Scottish Leaving Certificate Examination, 1957
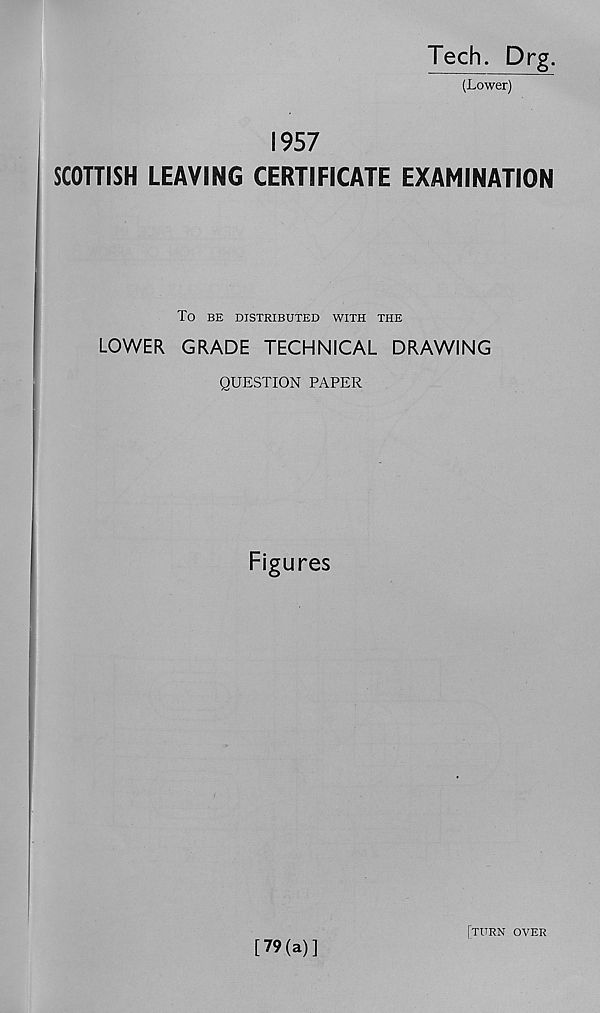
Tech. Drg.
(Lower)
1957
SCOTTISH LEAVING CERTIFICATE EXAMINATION
To BE DISTRIBUTED WITH THE
LOWER GRADE TECHNICAL DRAWING
QUESTION PAPER
Figures
[79(a)]
[turn over